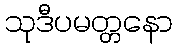
သုဒီပမတ္တနော